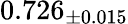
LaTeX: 0.726_{\pm 0.015}